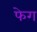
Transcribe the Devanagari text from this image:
फेग